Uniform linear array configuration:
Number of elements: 48
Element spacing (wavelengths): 0.5
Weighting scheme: cosine
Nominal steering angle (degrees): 60
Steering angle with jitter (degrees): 59.132
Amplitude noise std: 0.05
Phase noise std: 0.05

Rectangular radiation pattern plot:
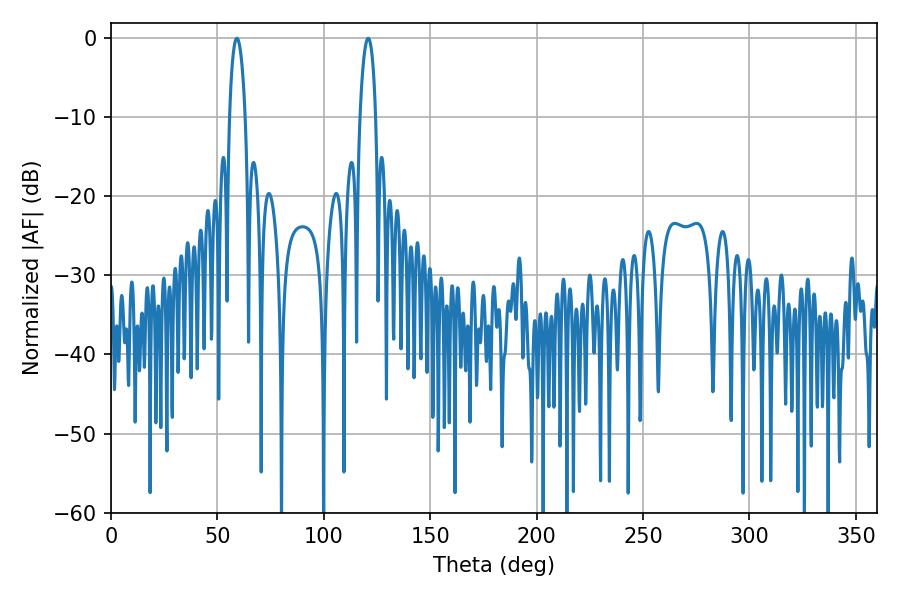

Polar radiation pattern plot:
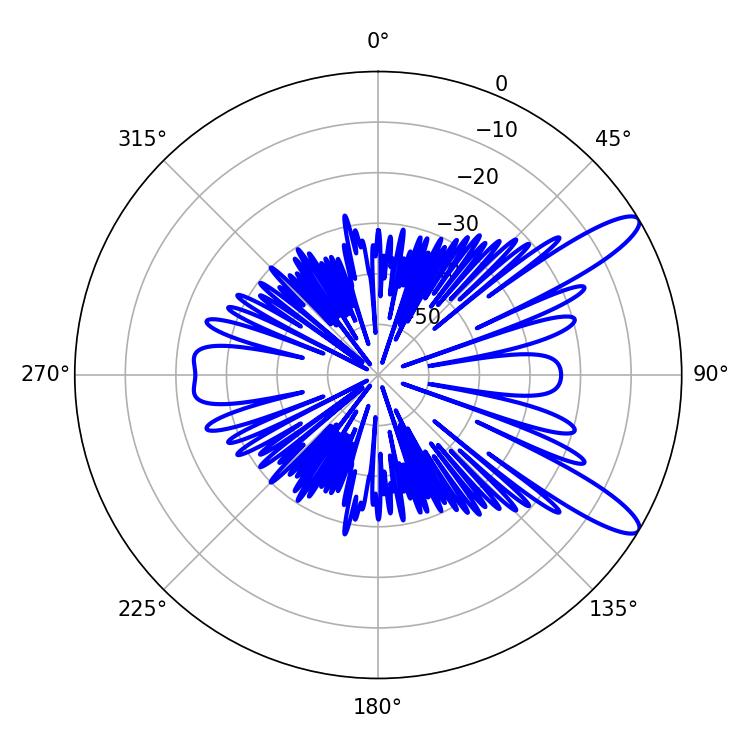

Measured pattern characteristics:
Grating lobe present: FALSE
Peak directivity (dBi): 11.586
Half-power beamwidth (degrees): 4.32
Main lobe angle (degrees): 120.78